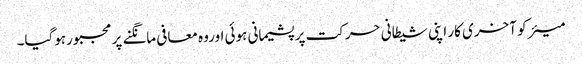
میئر کو آخری کار اپنی شیطانی حرکت پر پشیمانی ہوئی اوروہ معافی مانگنے پر مجبورہوگیا۔